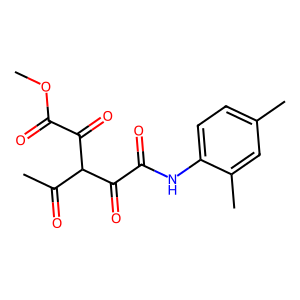
SMILES: COC(=O)C(=O)C(C(C)=O)C(=O)C(=O)Nc1ccc(C)cc1C
Inhibits HIV replication: No